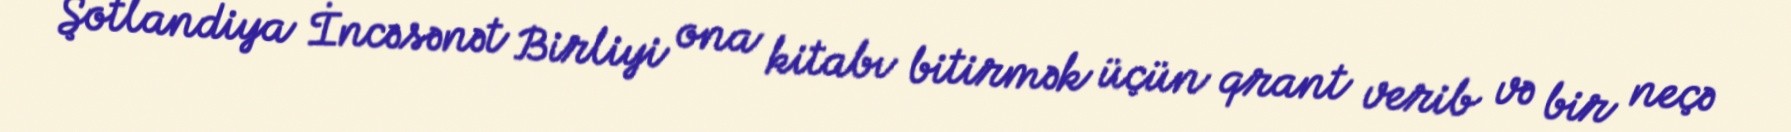
Şotlandiya İncəsənət Birliyi ona kitabı bitirmək üçün qrant verib və bir neçə